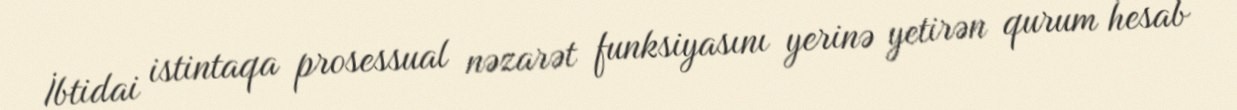
İbtidai istintaqa prosessual nəzarət funksiyasını yerinə yetirən qurum hesab